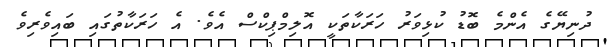
ދުނިޔޭގެ އެންމެ ބޮޑު ކުޅިވަރު ހަރަކާތަކީ އޮލިމްޕިކްސް އެވެ. އެ ހަރަކާތުގައި ބައިވެރިވެ